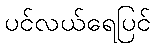
ပင်လယ်ရေပြင်